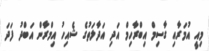
މިއީ އުމަރާއި ގާސިމް އިބްރާހިމް އަދި އަދާލަތުގެ ޝެއިހު އިމްރާން އަބްދު ފަދަ